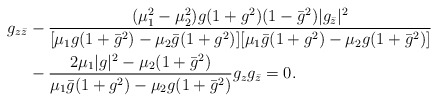
\begin{align*}\begin{aligned}g_{z\bar z}&-\frac{(\mu_1^2-\mu_2^2)g(1+g^2)(1-\bar g^2)|g_{\bar z}|^2}{[\mu_1g(1+\bar g^2)-\mu_2\bar g(1+g^2)][\mu_1\bar g(1+g^2)-\mu_2g(1+\bar g^2)]}\\&-\frac{2\mu_1|g|^2-\mu_2(1+\bar g^2)}{\mu_1\bar g(1+g^2)-\mu_2g(1+\bar g^2)}g_zg_{\bar z}=0. \end{aligned} \end{align*}